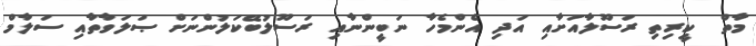
މާތް  ކީރިތި ރަސޫލާއަށާއި އަދި އެންމެހާ ނަބީންނާއި ރަސޫލުބޭކަލުންނަށް ޞަލަވާތާއި ސަލާމް